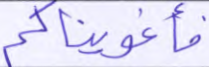
فأغويناكم